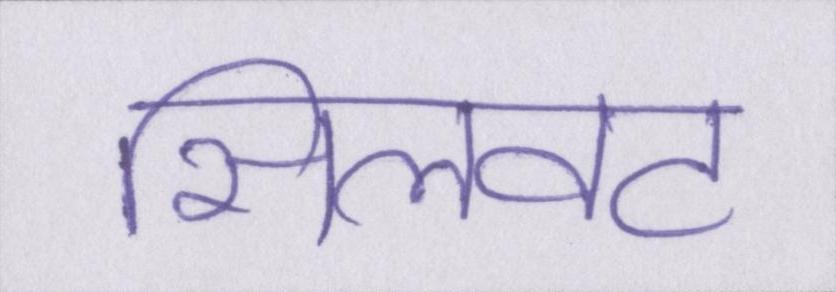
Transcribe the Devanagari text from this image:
सिलवट